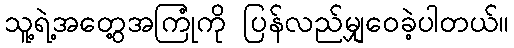
သူ့ရဲ့အတွေ့အကြုံကို ပြန်လည်မျှဝေခဲ့ပါတယ်။